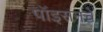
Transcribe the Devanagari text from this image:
पॉइसनचे